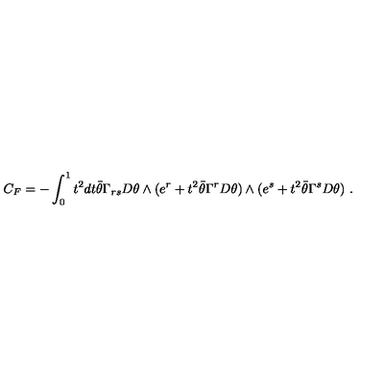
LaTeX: C _ { F } = - \int _ { 0 } ^ { 1 } t ^ { 2 } d t { \bar { \theta } } \Gamma _ { r s } D \theta \wedge ( e ^ { r } + t ^ { 2 } \bar { \theta } \Gamma ^ { r } D \theta ) \wedge ( e ^ { s } + t ^ { 2 } \bar { \theta } \Gamma ^ { s } D \theta ) \ .